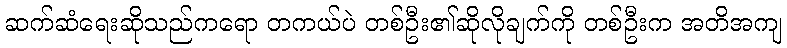
ဆက်ဆံရေးဆိုသည်ကရော တကယ်ပဲ တစ်ဦး၏ဆိုလိုချက်ကို တစ်ဦးက အတိအကျ